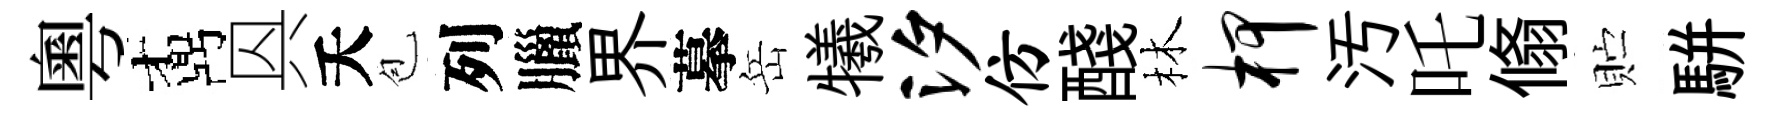
粵鼒㒷夭苞列臘界摹岳犧汐仿醆林柙汚吒翛贮駢